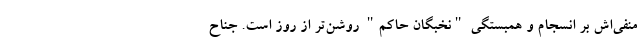
منفی‌اش بر انسجام و همبستگی "نخبگان حاکم" روشن‌تر از روز است. جناح